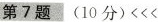
第7题 (10分) <<<